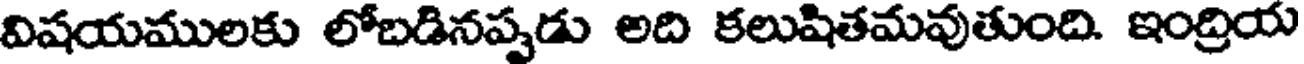
విషయములకు లోబడినప్పడు అది కలుషితమవుతుంది. ఇంద్రియ